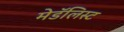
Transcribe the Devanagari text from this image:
मेडॅलिस्ट